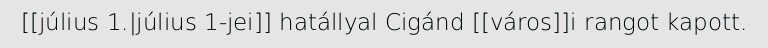
[[július 1.|július 1-jei]] hatállyal Cigánd [[város]]i rangot kapott.